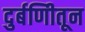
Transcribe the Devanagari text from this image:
दुर्बणिीतून